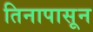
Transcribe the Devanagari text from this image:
तिनापासून